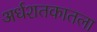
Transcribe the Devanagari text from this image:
अर्धशतकातला